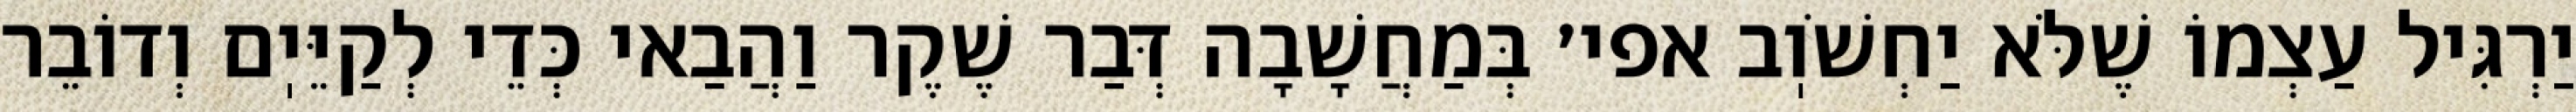
יַרְגִּיל עַצְמוֹ שֶׁלֹּא יַחְשֹׁוֽב אפי׳ בְּמַחֲשָׁבָה דְּבַר שֶׁקֶר וַהֲבַאי כְּדֵי לְקַיֵּיֽם וְדוֹבֵר